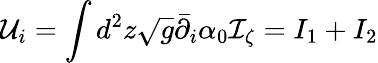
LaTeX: \mathcal U_{i}=\int d^{2}z\sqrt{g}\bar{\partial}_{i}\alpha_{0}\mathcal I_{\zeta}=I_{1}+I_{2}